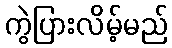
ကွဲပြားလိမ့်မည်